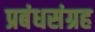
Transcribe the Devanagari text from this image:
प्रबंधसंग्रह